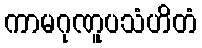
ကာမဂုဏူပသံဟိတံ